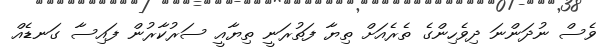
ވެސް ނުދަންނަ ދިވެހިންގެ ތެރެއަށް ތިޔާ ފަތުރަނީ ތިޔާއީ ސަރުކާރުން ފައިސާ ގަނޑެއް